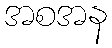
အစအန